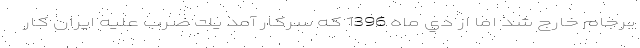
برجام خارج شد اما از دي ‌ماه 1396 كه سركار آمد يك ضرب عليه ايران كار